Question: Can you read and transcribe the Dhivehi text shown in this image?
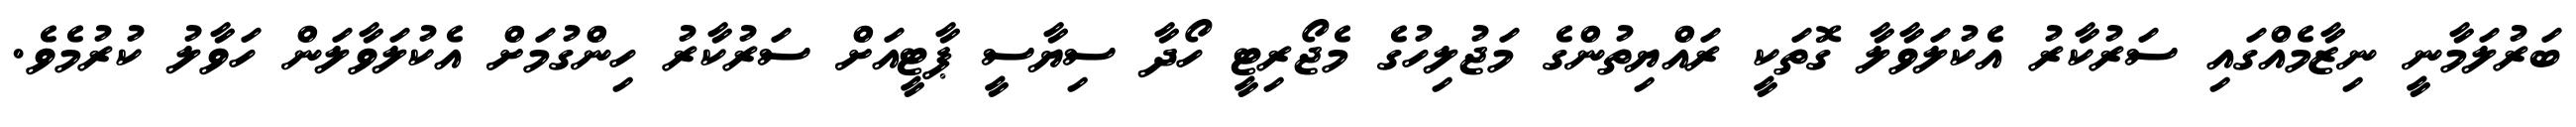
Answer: ބަރުލަމާނީ ނިޒާމެއްގައި ސަރުކާރު އެކުލަވާލާ ގޮތަކީ ރައްޔިތުންގެ މަޖުލިހުގެ މެޖޯރިޓީ ހޯދާ ސިޔާސީ ޕާޓީއަށް ސަރުކާރު ހިންގުމަށް އެކުލަވާލަން ހަވާލު ކުރުމެވެ.